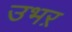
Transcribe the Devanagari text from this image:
उभऱ